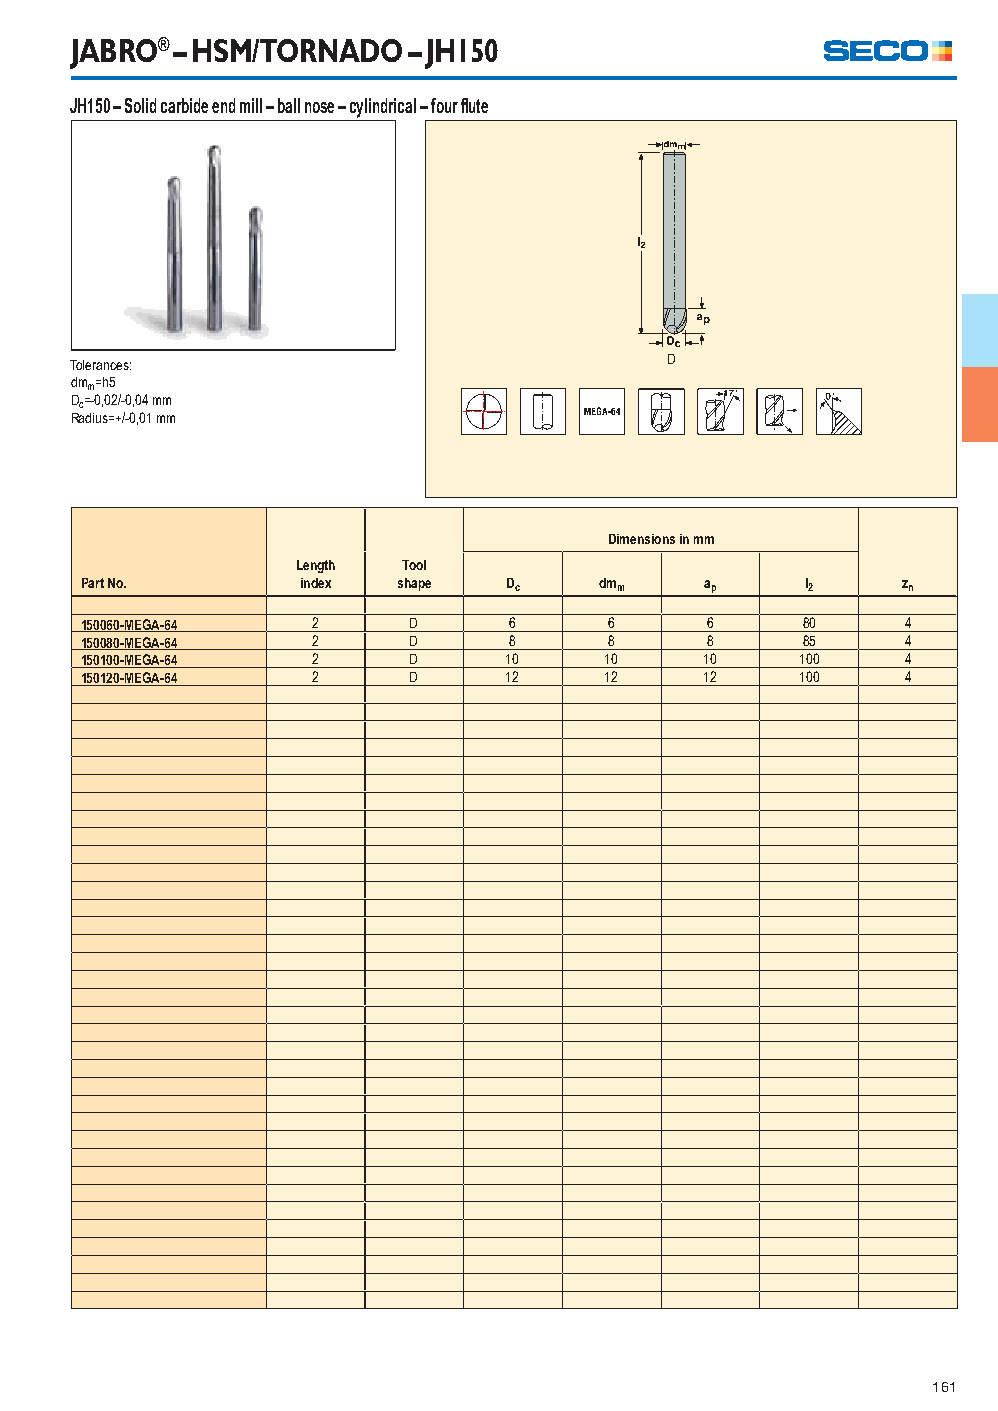
JABRO® – HSM/TORNADO  – JH150
 JH150 – Solid carbide end mill – ball nose – cylindrical – four fl ute
 Tolerances:                            D
 dmm=h5
 Dc=-0,02/-0,04 mm
 Radius=+/-0,01 mm
 Dimensions in mm
 Length Tool
 Part No.       index shape   Dc    dmm    ap    l2     zn
 150060-MEGA-64  2     D      6     6      6     80     4
 150080-MEGA-64  2     D      8     8      8     85     4
 150100-MEGA-64  2     D      10    10     10    100    4
 150120-MEGA-64  2     D      12    12     12    100    4
 161